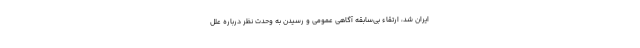
ایران شد، ارتقاء بی‌سابقه آگاهی عمومی و رسیدن به وحدت نظر درباره علل